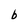
Character: b